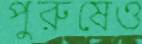
পুরুষেও